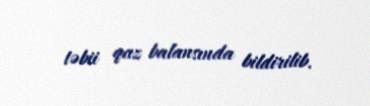
təbii qaz balansında bildirilib.